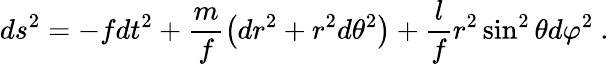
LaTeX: ds^{2}=-fdt^{2}+\frac{m}{f}\left(dr^{2}+r^{2}d\theta^{2}\right)+\frac{l}{f}r^{2}\sin^{2}\theta d\varphi^{2}\ .